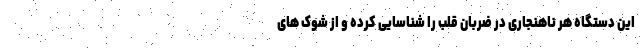
این دستگاه هر ناهنجاری در ضربان قلب را شناسایی کرده و از شوک های